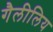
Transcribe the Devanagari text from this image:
गैलीलिय